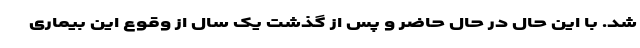
شد. با این حال در حال حاضر و پس از گذشت یک سال از وقوع این بیماری